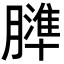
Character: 𦡤